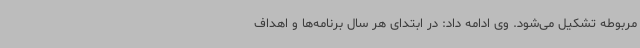
مربوطه تشکیل می‌شود. وی ادامه داد: در ابتدای هر سال برنامه‌ها و اهداف